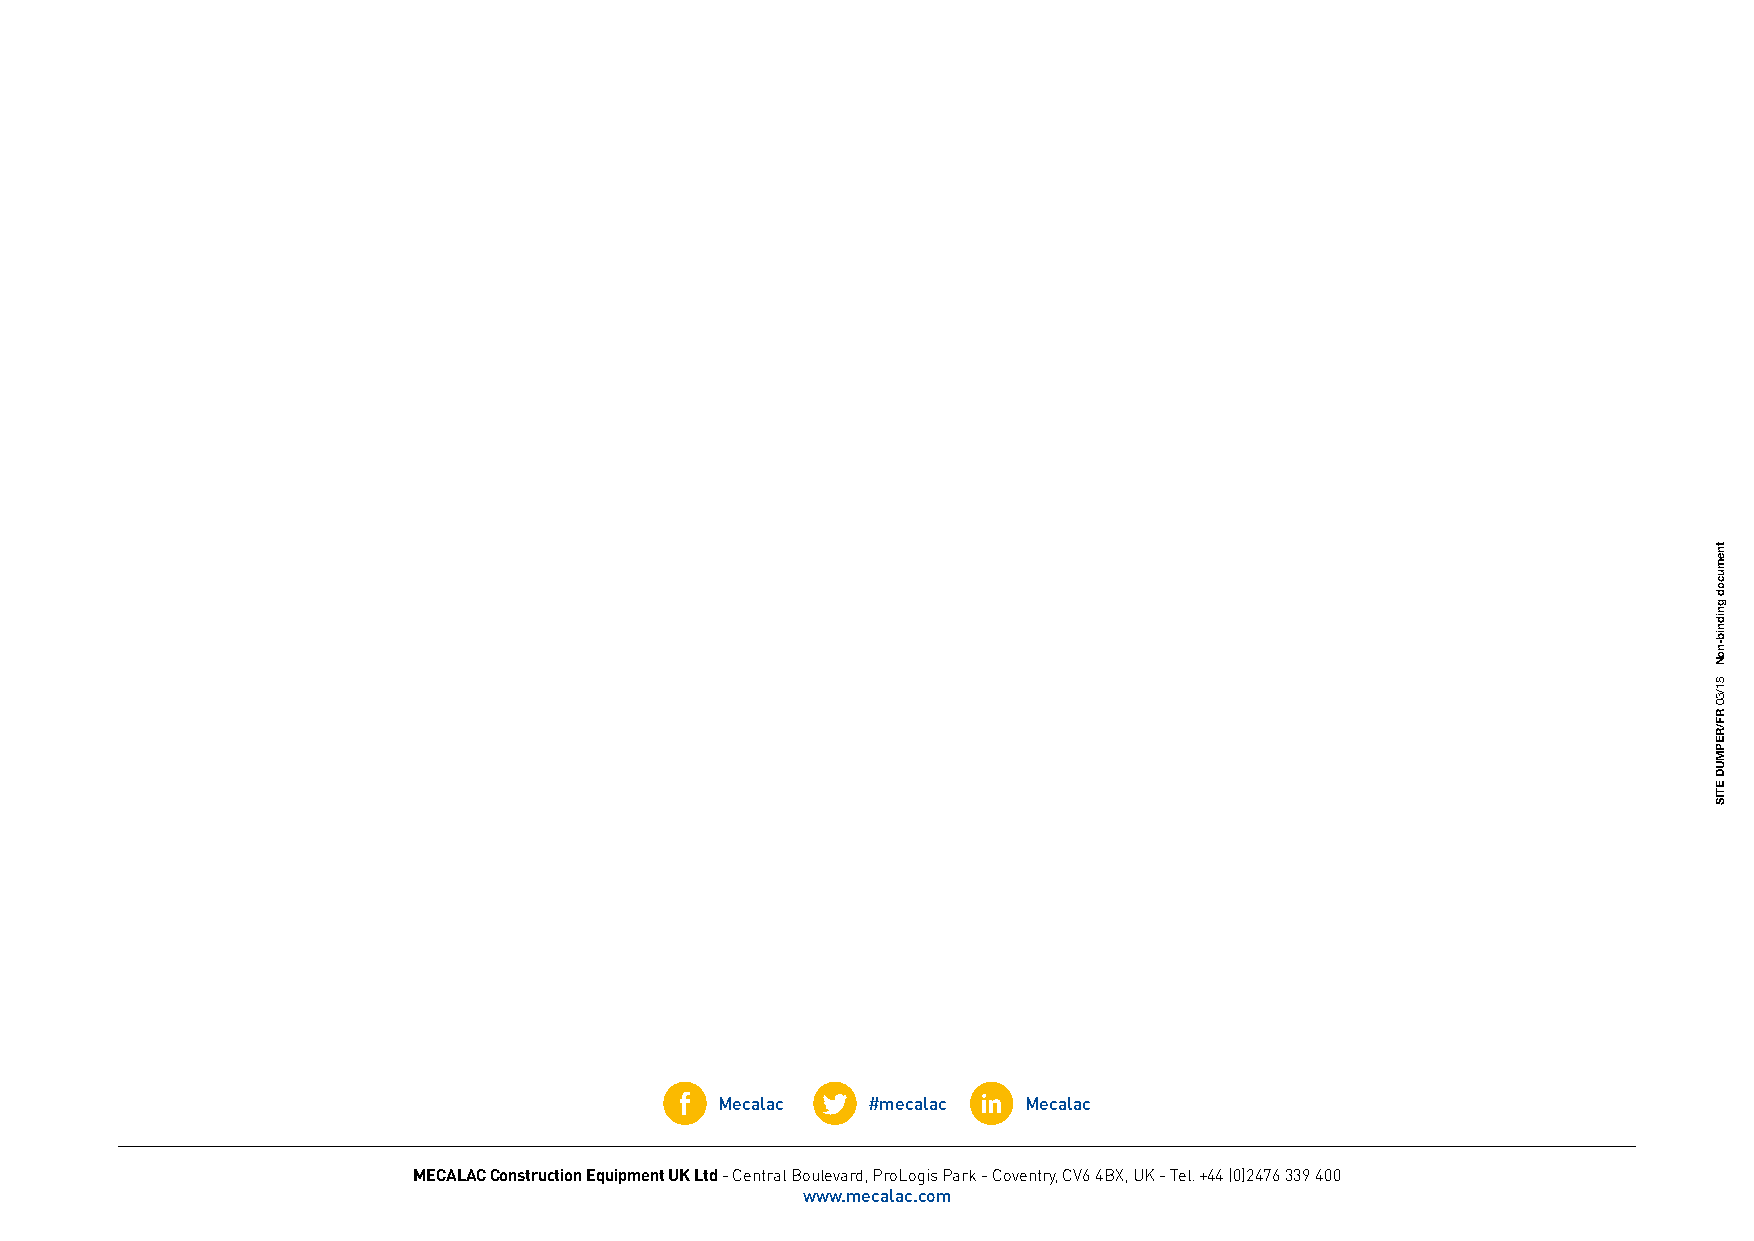
Mecalac  #mecalac   Mecalac
 MECALAC Construction Equipment UK Ltd - Central Boulevard, ProLogis Park - Coventry, CV6 4BX, UK - Tel. +44 (0)2476 339 400
 www.mecalac.com
 tnemucod
 gnidnib-noN
 81/30
 RF/REPMUD
 ETIS